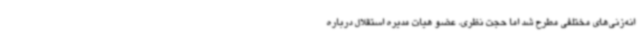
انه‌زنی‌های مختلفی مطرح شد اما حجت نظری، عضو هیات مدیره استقلال درباره